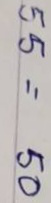
55 = 50